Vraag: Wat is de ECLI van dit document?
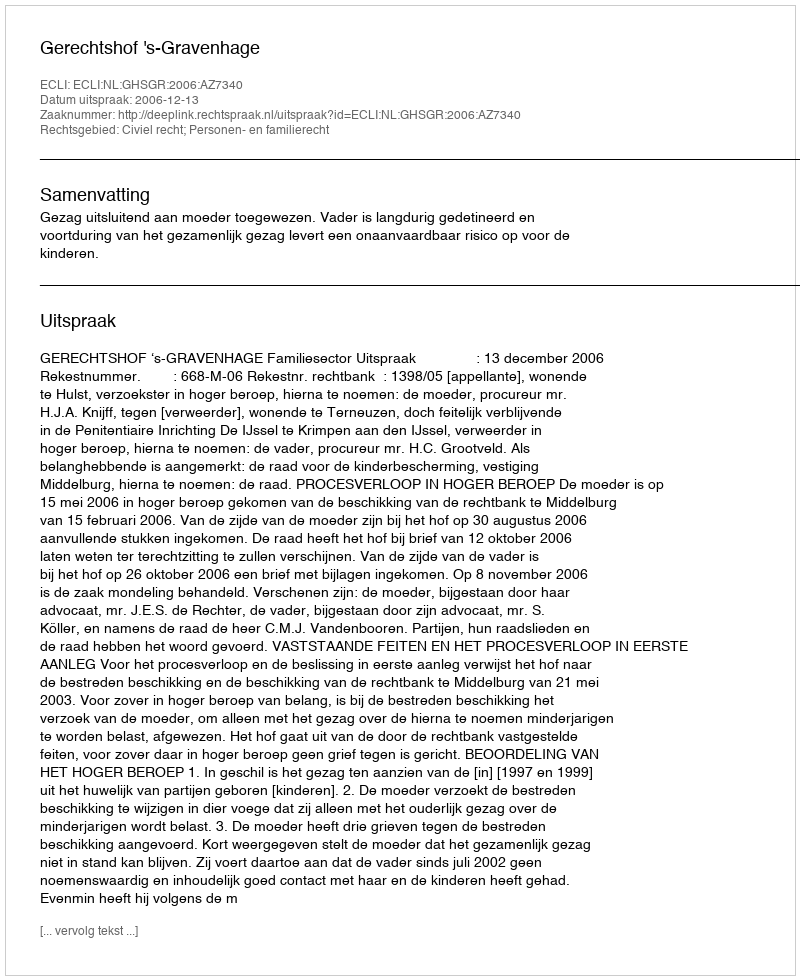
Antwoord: ECLI:NL:GHSGR:2006:AZ7340